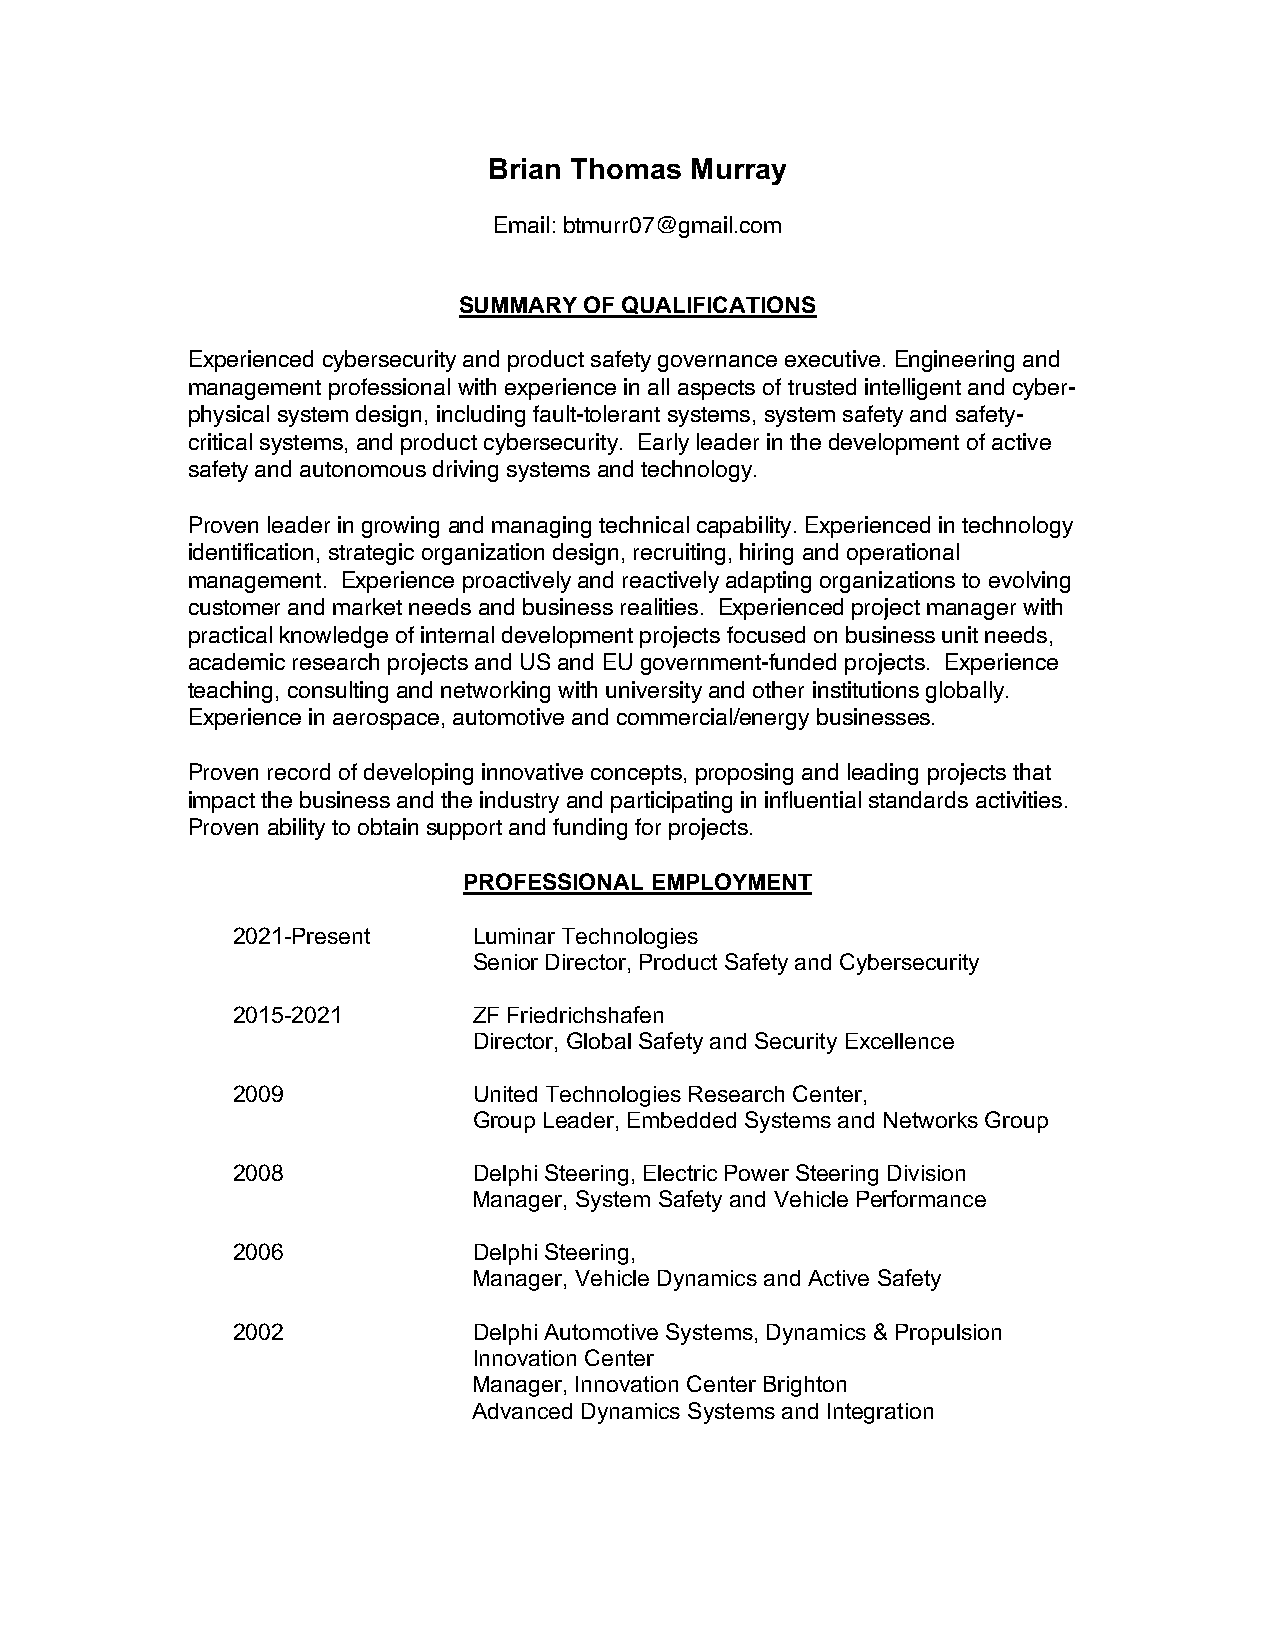
Brian Thomas  Murray
 Email: btmurr07@gmail.com
 SUMMARY  OF QUALIFICATIONS
 Experienced cybersecurity and product safety governance executive. Engineering and
 management professional with experience in all aspects of trusted intelligent and cyber-
 physical system design, including fault-tolerant systems, system safety and safety-
 critical systems, and product cybersecurity. Early leader in the development of active
 safety and autonomous driving systems and technology.
 Proven leader in growing and managing technical capability. Experienced in technology
 identification, strategic organization design, recruiting, hiring and operational
 management. Experience proactively and reactively adapting organizations to evolving
 customer and market needs and business realities. Experienced project manager with
 practical knowledge of internal development projects focused on business unit needs,
 academic research projects and US and EU government-funded projects. Experience
 teaching, consulting and networking with university and other institutions globally.
 Experience in aerospace, automotive and commercial/energy businesses.
 Proven record of developing innovative concepts, proposing and leading projects that
 impact the business and the industry and participating in influential standards activities.
 Proven ability to obtain support and funding for projects.
 PROFESSIONAL EMPLOYMENT
 2021-Present    Luminar Technologies
 Senior Director, Product Safety and Cybersecurity
 2015-2021       ZF Friedrichshafen
 Director, Global Safety and Security Excellence
 2009            United Technologies Research Center,
 Group Leader, Embedded Systems and Networks Group
 2008            Delphi Steering, Electric Power Steering Division
 Manager, System Safety and Vehicle Performance
 2006            Delphi Steering,
 Manager, Vehicle Dynamics and Active Safety
 2002            Delphi Automotive Systems, Dynamics & Propulsion
 Innovation Center
 Manager, Innovation Center Brighton
 Advanced Dynamics Systems and Integration